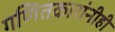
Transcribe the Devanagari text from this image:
गणितकारांनीही